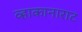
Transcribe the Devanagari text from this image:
व्हाकानाराट